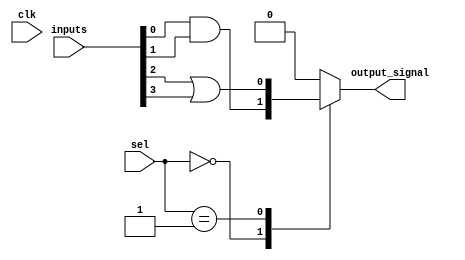
module CLB (
    input wire [3:0] inputs,       // 4-bit input signals
    input wire [1:0] sel,          // 2-bit selector for multiplexers
    input wire clk,                // Clock signal (not used in combinational logic but included for completeness)
    output wire output_signal      // Output signal from the CLB
);

// Internal wires for LUT outputs
wire lut0_out, lut1_out;

// Look-Up Table (LUT) implementations
// LUT0: Example function (A AND B)
assign lut0_out = inputs[0] & inputs[1];

// LUT1: Example function (C OR D)
assign lut1_out = inputs[2] | inputs[3];

// Multiplexer to select output from LUTs based on 'sel' input
reg mux_out;
always @(*) begin
    case (sel)
        2'b00: mux_out = lut0_out; // Select LUT0 output
        2'b01: mux_out = lut1_out; // Select LUT1 output
        default: mux_out = 1'b0;    // Default case (can be adjusted as needed)
    endcase
end

// Output driver
assign output_signal = mux_out;

endmodule